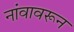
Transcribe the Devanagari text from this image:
नांवावरून